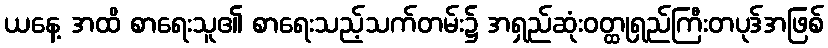
ယနေ့ အထိ စာရေးသူ၏ စာရေးသည့်သက်တမ်း၌ အရှည်ဆုံးဝတ္ထုရှည်ကြီးတပုဒ်အဖြစ်